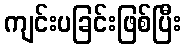
ကျင်းပခြင်းဖြစ်ပြီး